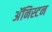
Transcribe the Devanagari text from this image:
अॅनिस्टन